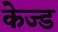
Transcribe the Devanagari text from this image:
केज्ड